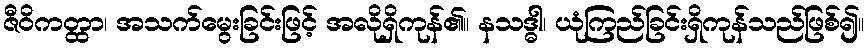
ဇီဝိကတ္ထာ၊ အသက်မွေးခြင်းဖြင့် အလိုရှိကုန်၏။ နသဒ္ဓါ၊ ယုံကြည်ခြင်းရှိကုန်သည်ဖြစ်၍။